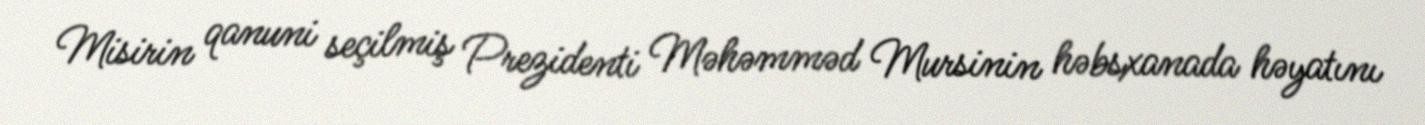
Misirin qanuni seçilmiş Prezidenti Məhəmməd Mursinin həbsxanada həyatını